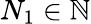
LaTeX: N_{1}\in\mathbb{N}